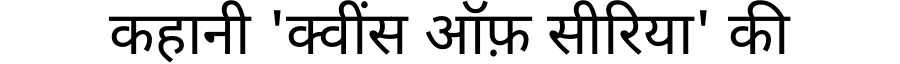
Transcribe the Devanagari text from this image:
कहानी 'क्वींस ऑफ़ सीरिया' की